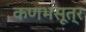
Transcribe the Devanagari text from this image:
कणभसूत्र